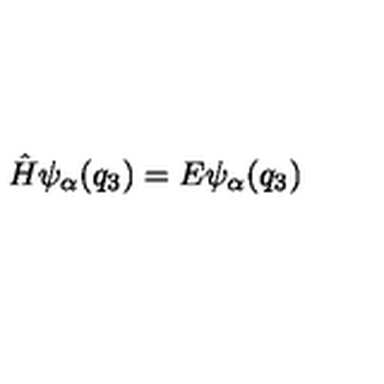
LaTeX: \hat { H } \psi _ { \alpha } ( q _ { 3 } ) = E \psi _ { \alpha } ( q _ { 3 } )